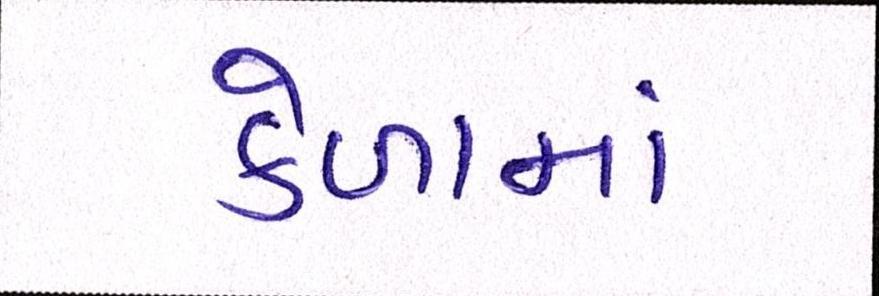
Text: કેળામાં